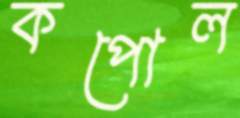
কপোল